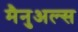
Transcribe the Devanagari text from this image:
मैनुअल्स